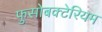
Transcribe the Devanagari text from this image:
फुसोबक्टेरियम